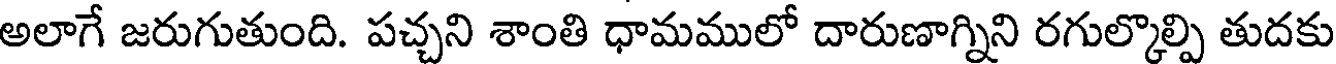
అలాగే జరుగుతుంది. పచ్చని శాంతి ధామములో దారుణాగ్నిని రగుల్కొల్పి తుదకు